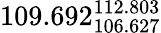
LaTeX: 109.692_{106.627}^{112.803}